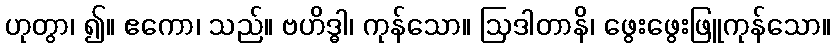
ဟုတွာ၊ ၍။ ဧကော၊ သည်။ ဗဟိဒ္ဓါ၊ ကုန်သော။ ဩဒါတာနိ၊ ဖွေးဖွေးဖြူကုန်သော။